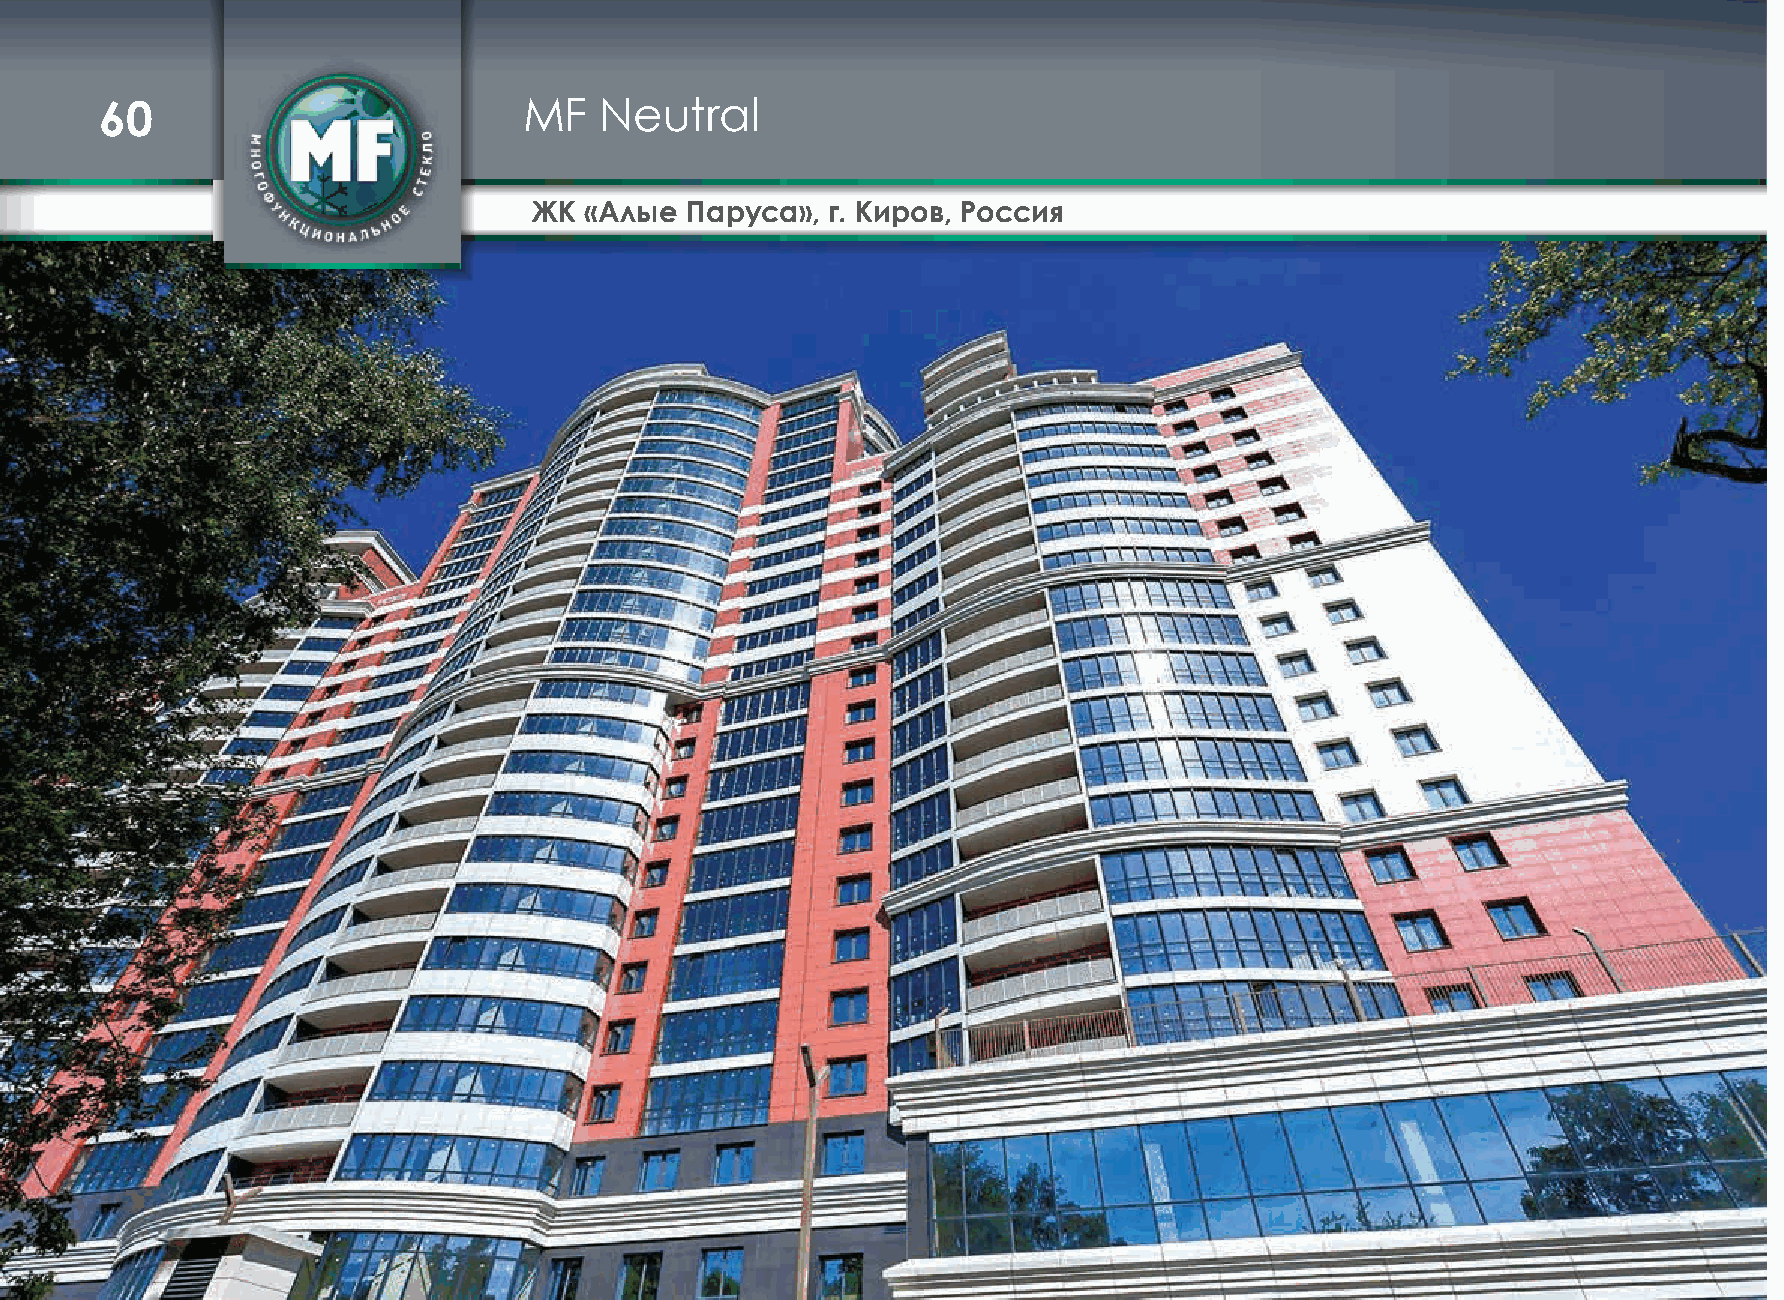
60                          MF   Neutral
 ЖК  «Алые Паруса»,  г. Киров, Россия